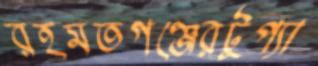
রহমতগঞ্জেরটুপ্যা